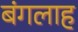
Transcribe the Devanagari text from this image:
बंगलाह